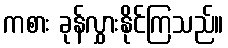
ကစား ခုန်လွှားနိုင်ကြသည်။